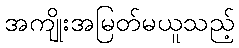
အကျိုးအမြတ်မယူသည့်